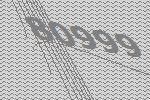
80999